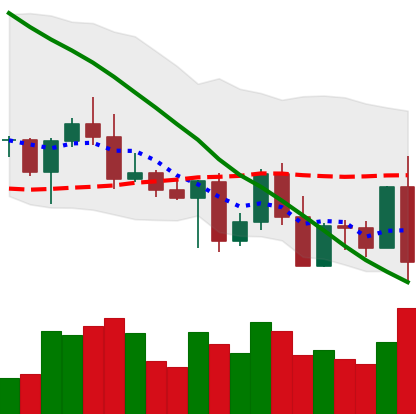
Ticker: BNB-USD
Chart end date: 2022-05-05
Forward return: -15.694%
Label: down_7plus